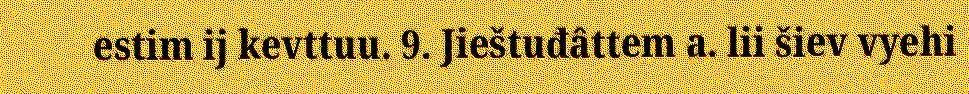
estim ij kevttuu. 9. Jieštuđâttem a. lii šiev vyehi